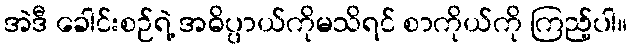
အဲဒီ ခေါင်းစဉ်ရဲ့ အဓိပ္ပာယ်ကိုမသိရင် စာကိုယ်ကို ကြည့်ပါ။